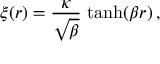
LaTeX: \xi ( r ) = \frac { \kappa } { \sqrt { \beta } } \ \mathrm { t a n h } ( \beta r ) \, ,